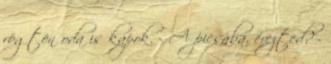
rögtön oda is kapok. - A picsába, érezted? -